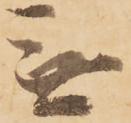
無